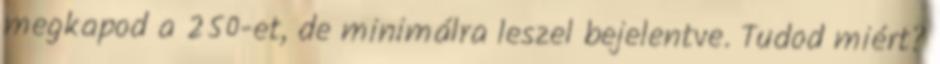
megkapod a 250-et, de minimálra leszel bejelentve. Tudod miért?